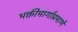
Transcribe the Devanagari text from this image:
भक्तीमार्गाप्रमाणे